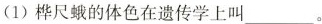
(1)桦尺蛾的体色在遗传学上叫___。